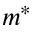
m ^ { * }